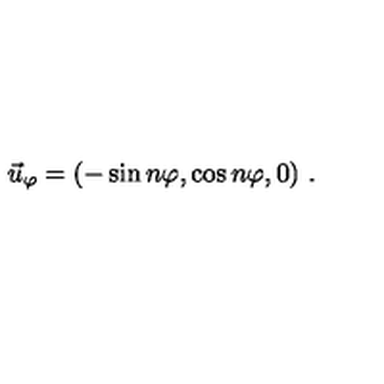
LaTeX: \vec { u } _ { \varphi } = ( - \sin n \varphi , \cos n \varphi , 0 ) \ .